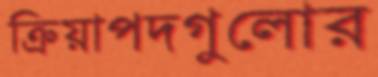
ক্রিয়াপদগুলোর